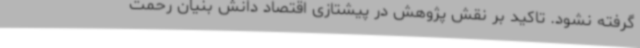
گرفته نشود. تاکید بر نقش پژوهش در پیشتازی اقتصاد دانش بنیان رحمت